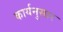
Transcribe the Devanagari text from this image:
कार्यनुसार